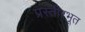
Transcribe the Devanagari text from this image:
प्रस्तीरभूत